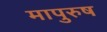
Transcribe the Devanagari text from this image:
मापुरुष